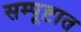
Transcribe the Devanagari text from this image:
सम्पूष्टात